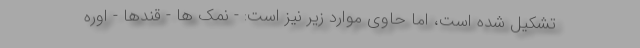
تشکیل شده است، اما حاوی موارد زیر نیز است: - نمک ها - قندها - اوره